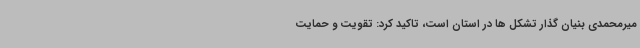
میرمحمدی بنیان گذار تشکل ها در استان است، تاکید کرد: تقویت و حمایت